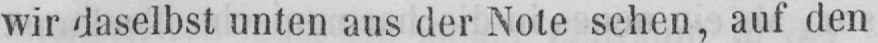
wir daselbst unten aus der Note sehen, auf den